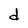
Character: d